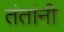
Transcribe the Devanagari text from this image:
तंतांनी